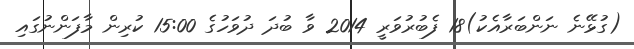
(ގުޅޭނެ ނަންބަރާއެކު)18 ފެބުރުވަރީ 2014 ވާ ބުދަ ދުވަހުގެ 15:00 ކުރިން މާފަންނުގައި